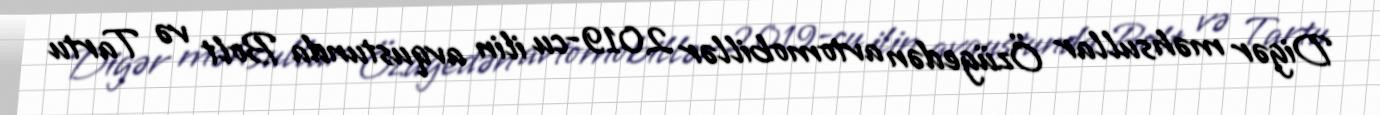
Digər məhsullar Özügedən avtomobillər 2019-cu ilin avqustunda Bolt və Tartu